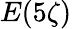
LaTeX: E(5\zeta)